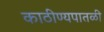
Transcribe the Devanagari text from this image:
काठीण्यपातळी